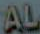
AL